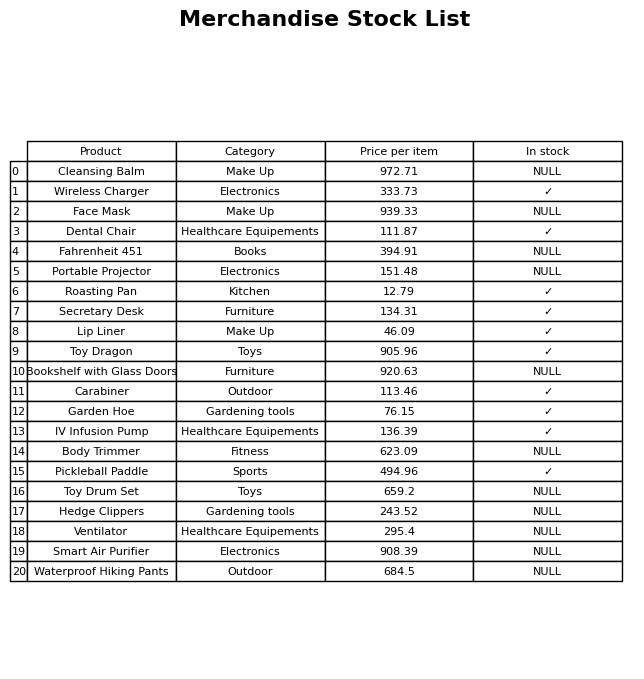
question: What is the price of the Carabiner?
answer: The price of Carabiner is 113.46.